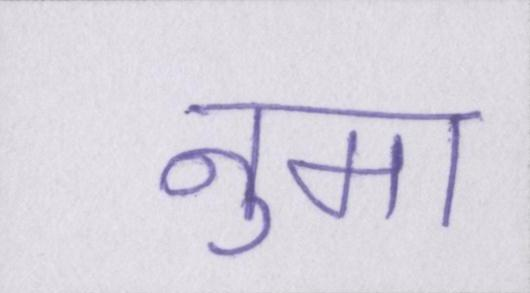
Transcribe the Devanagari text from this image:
नुमा